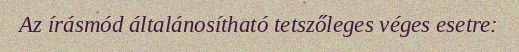
Az írásmód általánosítható tetszőleges véges esetre: